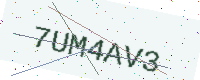
Text: 7UM4AV3